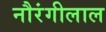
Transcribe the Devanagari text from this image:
नौरंगीलाल